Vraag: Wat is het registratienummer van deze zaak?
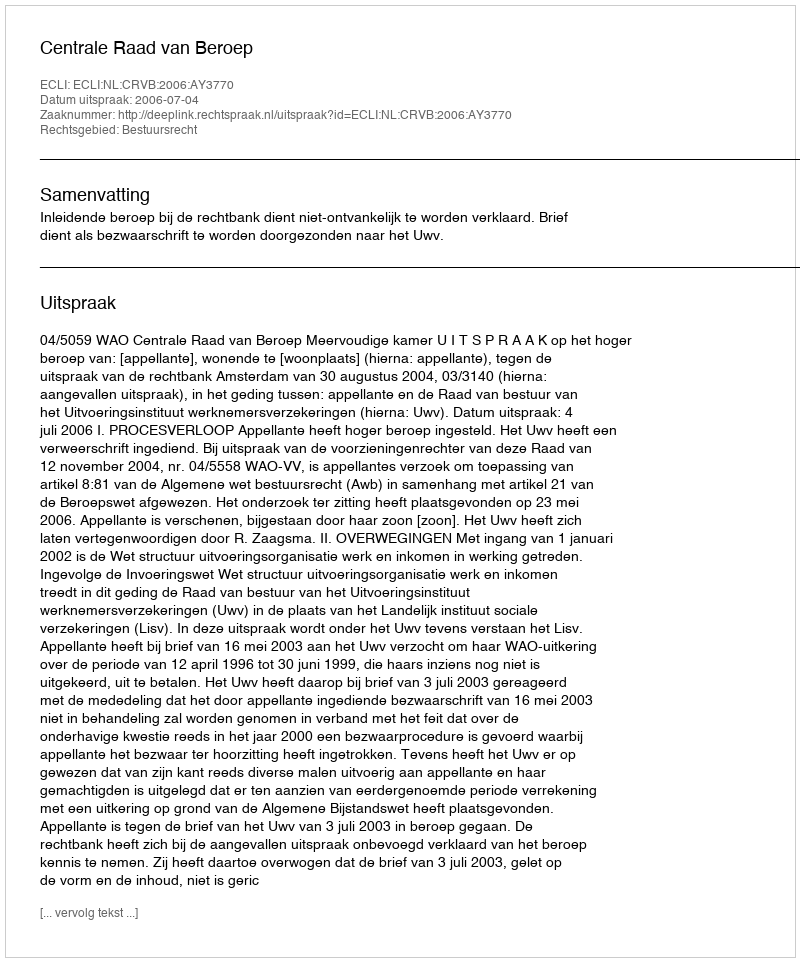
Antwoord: http://deeplink.rechtspraak.nl/uitspraak?id=ECLI:NL:CRVB:2006:AY3770